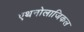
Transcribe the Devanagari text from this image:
एथनोलाजिकल